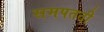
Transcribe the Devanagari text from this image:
समपतती